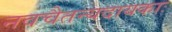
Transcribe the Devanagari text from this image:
नवचैतन्यदायकाः